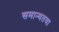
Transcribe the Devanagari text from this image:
समान्यतया